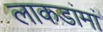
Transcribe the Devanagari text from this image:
लाकडांमां